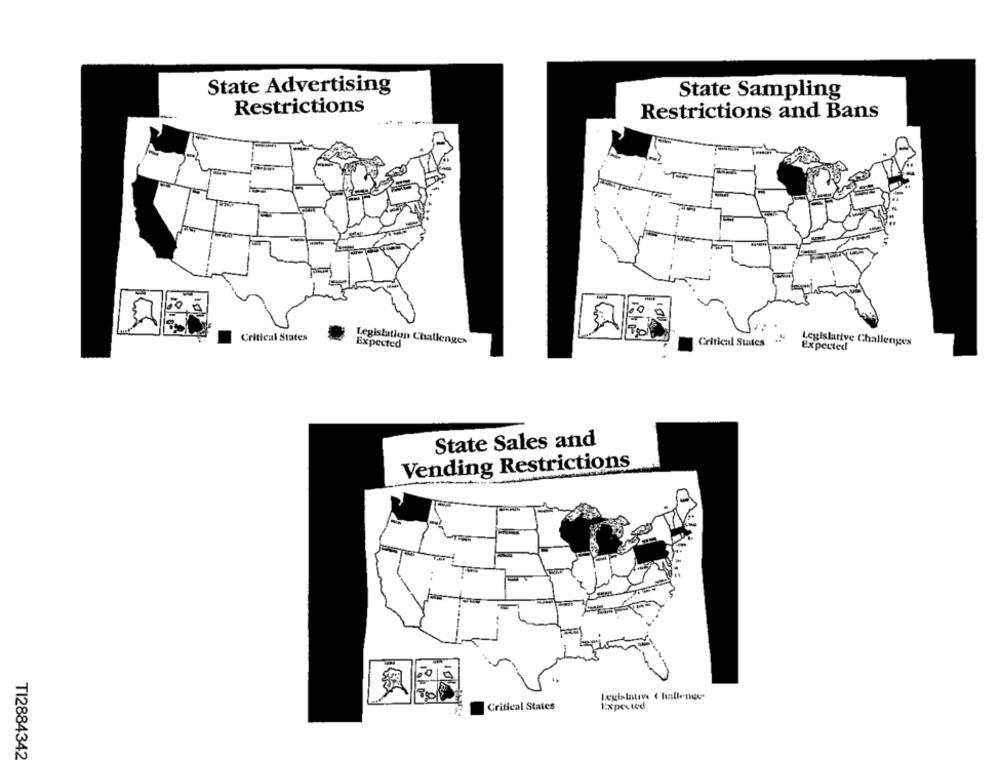
State Advertising
State Sampling
Restrictions
Restrictions and Bans
Critical States
.
Legislation Challenges
Critical States
Legislative Challenges
Expected
Expected
State Sales and
Vending Restrictions
Legislative ( halleties
Critical States
TI2884342